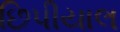
છિપીયાલ